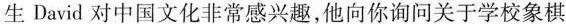
生David对中国文化非常感兴趣，他向你询问关于学校象棋